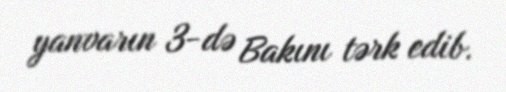
yanvarın 3-də Bakını tərk edib.